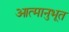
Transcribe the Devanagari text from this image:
आत्मानुभूत